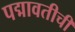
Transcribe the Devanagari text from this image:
पद्मावतीची